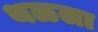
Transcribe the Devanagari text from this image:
थळला